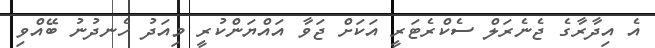
އެ އިދާރާގެ ޖެނެރަލް ސެކްރެޓަރީ އަކަށް ޖަވާ އައްޔަންކުރީ މިއަދު ހެނދުނު ބޭއްވި